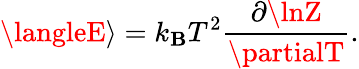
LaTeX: \langleE\rangle=k_{\mathbf{B}}T^{2}{\frac{{\partial\lnZ}}{{\partialT}}}.